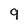
Character: 9